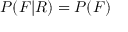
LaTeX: P ( F | R ) = P ( F )